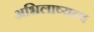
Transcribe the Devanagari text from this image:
अभिलाष्यत्व